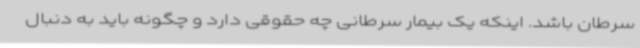
سرطان باشد. اینکه یک بیمار سرطانی چه حقوقی دارد و چگونه باید به دنبال